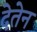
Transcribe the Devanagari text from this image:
देतेन